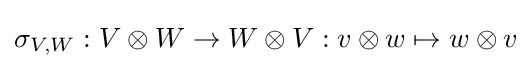
\sigma _{V,W}:V\otimes W\rightarrow W\otimes V:v\otimes w\mapsto w\otimes v